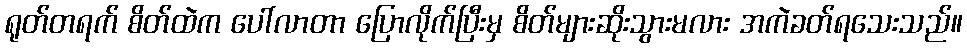
ရုတ်တရက် စိတ်ထဲက ပေါ်လာတာ ပြောလိုက်ပြီးမှ စိတ်များဆိုးသွားမလား အကဲခတ်ရသေးသည်။